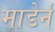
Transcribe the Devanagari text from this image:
माडेर्न